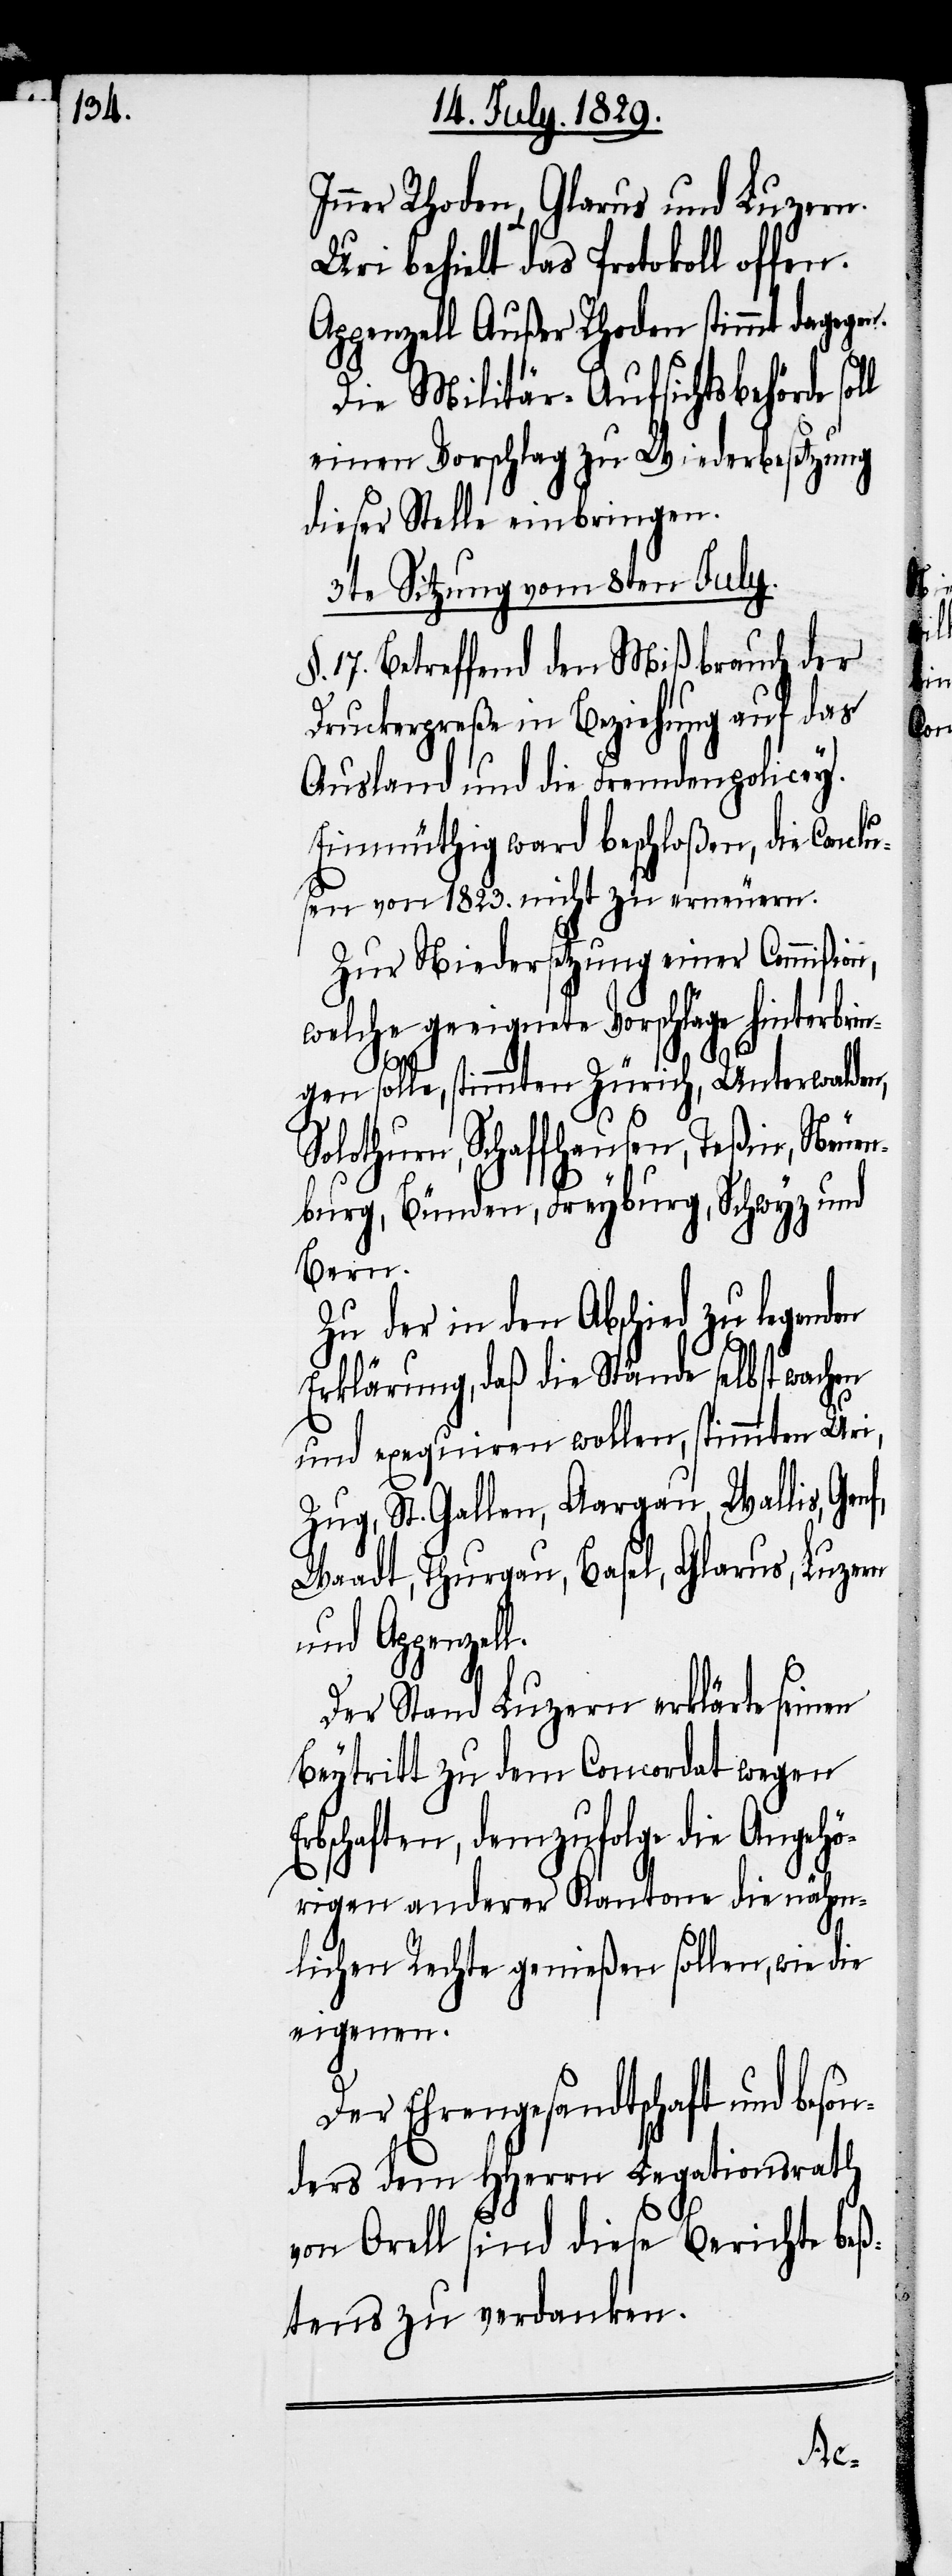
Inner Rhoden, Glarus und Luzern.
Uri behielt das Protokoll offen.
Appenzell Außer Rhoden stimmt dagegen.
Die Militär-Aufsichtsbehörde
einen Vorschlag zu Wiederbesetzung
dieser Stelle einbringen.
3te Sitzung vom 8ten July.
17. Betreffend den Mißbrauch der
Druckerpreße in Beziehung auf das
Ausland und die Fremdenpolicey.
Einmüthig ward beschloßen, die Conclu¬
sen von 1823. nicht zu erneuern.
Zur Niedersetzung einer Commißion,
welche geeignete Vorschläge hinterbrin¬
gen solle, stimmten Zürich, Unterwalden,
Solothurn, Schaffhausen, Teßin, Neuen¬
burg, Bünden, Freyburg, Schwyz und
Bern.
Zu der in den Abschied zu legenden
Erklärung, daß die Stände selbst wachen
und exequiren wollen, stimmten Uri,
Zug, St. Gallen, Aargau, Wallis, Gen¬
Waadt, Thurgau, Basel, Glarus, Luzern
und Appenzell.
Der Stand Luzern erklärte seinen
Beytritt zu dem Concordat wegen
bschaften, demzufolge die Angehö¬
rigen anderer Kantone die näm¬
lichen Rechte genießen sollen, wie die
eigenen.
Der Ehrengesandtschaft und beso¬
nders dem HHerrn Legationsrath
von Orell sind diese Berichte beß¬
tens zu verdanken.

f,
Er¬